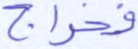
فخراج